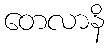
တေလာနိ